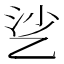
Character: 乷